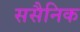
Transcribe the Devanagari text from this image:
ससैनिक